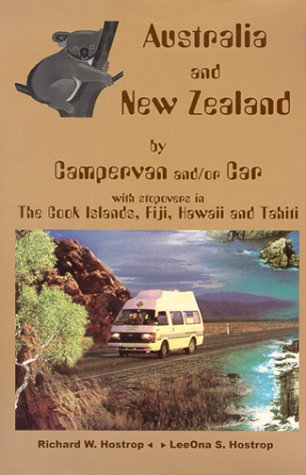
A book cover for Australia and New Zealand by Campervan And/or Car With Stopovers in the Cook Islands, Fiji, Hawaii, and Tahiti; Richard W. Hostrop; Travel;